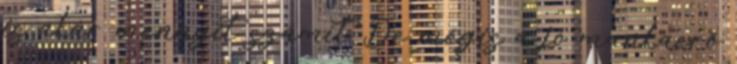
is akár mennyit számít De mégis a jó munkaerő